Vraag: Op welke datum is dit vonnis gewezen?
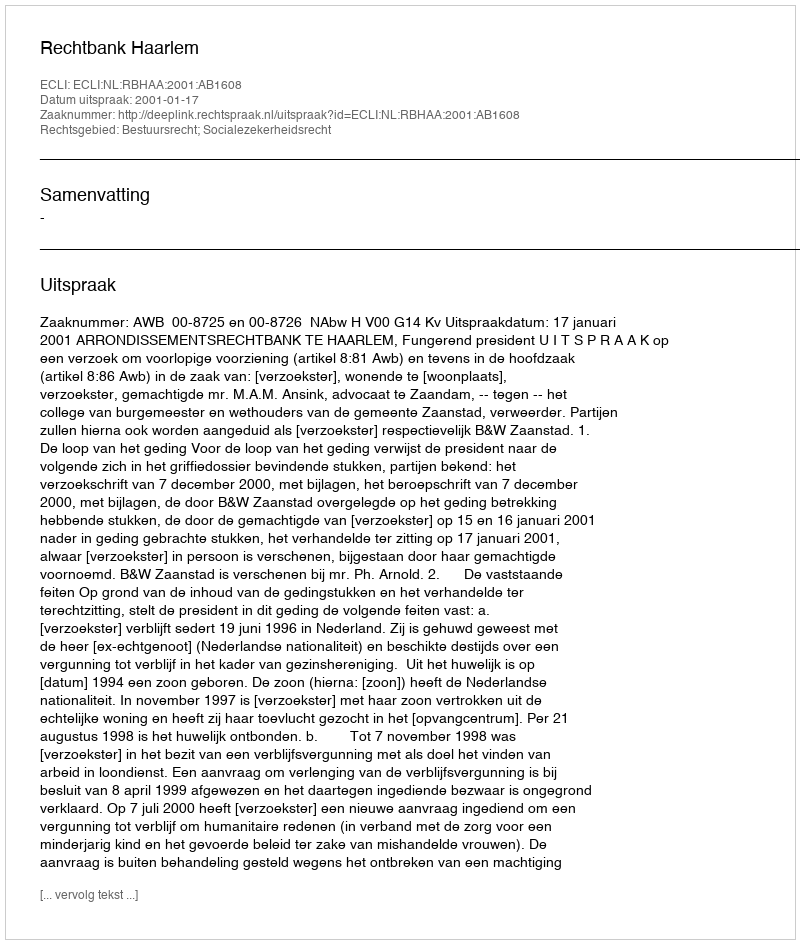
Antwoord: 2001-01-17